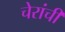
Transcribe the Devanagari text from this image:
चेरांची